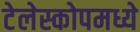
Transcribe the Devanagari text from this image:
टेलेस्कोपमध्ये